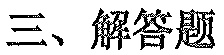
三、解答题